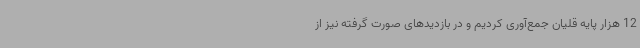
12 هزار پایه قلیان جمع‌آوری کردیم و در بازدیدهای صورت گرفته نیز از